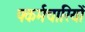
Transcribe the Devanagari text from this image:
फ्कर्मचारियों